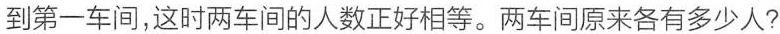
到第一车间，这时两车间的人数正好相等。两车间原来各有多少人?